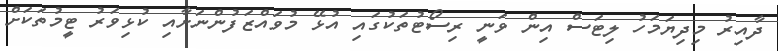
ދާއިރު މިދިޔަމަހު ލިޓަސް އިން ވަނީ ރިސޯޓުތަކުގައި އުޅޭ މުވައްޒަފުންނަށާއި ކުޅިވަރު ޓީމުތަކަށް